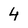
Character: 4